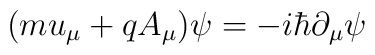
(mu_\mu +qA_\mu )\psi =-i\hbar \partial _\mu \psi